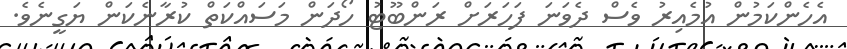
އެހެންކަމުން އުމެއިރު ވެސް ދެވަނަ ފަހަރަށް ރަންބޫޓު ހޯދަން މަސައްކަތް ކުރާނެކަން ޔަގީނެވެ.